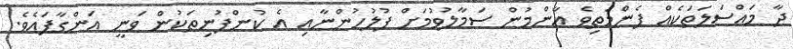
ދާ މައްސަލަތަކެއް ފެންމަތިވެ އާންމުން ސަމާލުވުމަށް ފުލުހުންނާއި އެ ކުންފުނިތަކުން ވަނީ އަންގާފައެވެ.